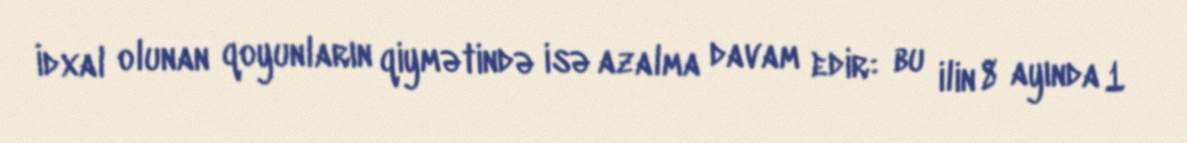
İdxal olunan qoyunların qiymətində isə azalma davam edir: bu ilin 8 ayında 1